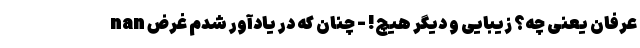
nan عرفان یعنی چه؟ زیبایی و دیگر هیچ! - چنان که در یادآور شدم غرض